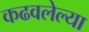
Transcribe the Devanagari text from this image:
कढवलेल्या